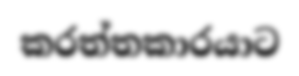
කරත්තකාරයාට